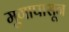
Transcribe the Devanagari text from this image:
मुगापासून